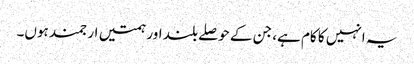
یہ انہیں کا کام ہے، جن کے حوصلے بلند اور ہمتیں ارجمند ہوں۔